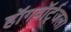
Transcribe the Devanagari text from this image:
हॉगवॉर्ट्‌जला